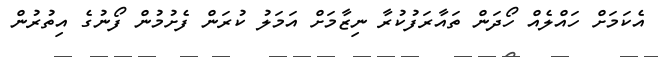
އެކަމަށް ހައްލެއް ހޯދަން ތައާރަފުކުރާ ނިޒާމަށް އަމަލު ކުރަން ފެށުމުން ފޯނުގެ އިތުރުން